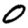
Digit: 0